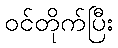
ဝင်တိုက်ပြီး